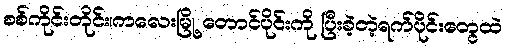
စစ်ကိုင်းတိုင်း၊ကလေးမြို့ တောင်ပိုင်းကို ပြီးခဲ့တဲ့ရက်ပိုင်းတွေထဲ